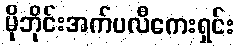
မိုဘိုင်းအက်ပလီကေးရှင်း